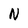
Character: N